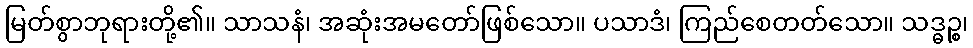
မြတ်စွာဘုရားတို့၏။ သာသနံ၊ အဆုံးအမတော်ဖြစ်သော။ ပသာဒံ၊ ကြည်စေတတ်သော။ သဒ္ဓဉ္စ၊